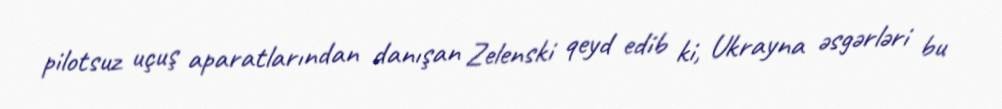
pilotsuz uçuş aparatlarından danışan Zelenski qeyd edib ki, Ukrayna əsgərləri bu